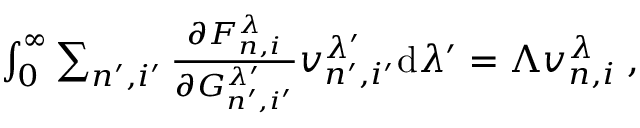
\begin{array} { r } { \int _ { 0 } ^ { \infty } \sum _ { n ^ { \prime } , i ^ { \prime } } \frac { \partial F _ { n , i } ^ { \lambda } } { \partial G _ { n ^ { \prime } , i ^ { \prime } } ^ { \lambda ^ { \prime } } } v _ { n ^ { \prime } , i ^ { \prime } } ^ { \lambda ^ { \prime } } \mathrm { d } \lambda ^ { \prime } = \Lambda v _ { n , i } ^ { \lambda } \; , } \end{array}